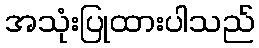
အသုံးပြုထားပါသည်